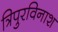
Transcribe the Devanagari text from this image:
त्रिपुरविनाश